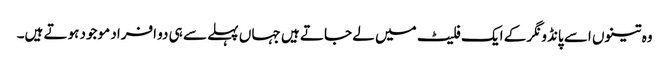
وہ تینوں اسے پانڈو نگر کے ایک فلیٹ میں لے جاتے ہیں جہا ں پہلے سے ہی دو افراد موجود ہوتے ہیں۔